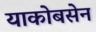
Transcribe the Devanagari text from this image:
याकोबसेन